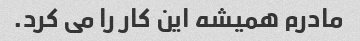
مادرم همیشه این کار را می کرد.